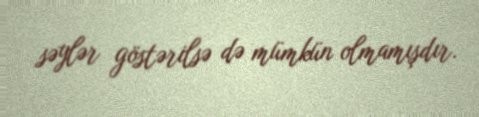
səylər göstərilsə də mümkün olmamışdır.